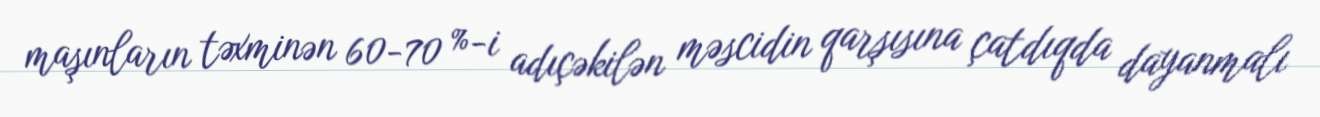
maşınların təxminən 60-70 %-i adıçəkilən məscidin qarşısına çatdıqda dayanmalı